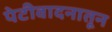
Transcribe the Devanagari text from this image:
पेटीवादनातून